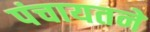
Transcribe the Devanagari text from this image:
पंचायतने